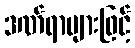
ဒဏ်ရာများဖြင့်